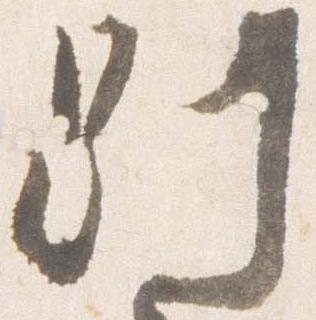
別